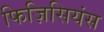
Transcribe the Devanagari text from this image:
फिज़िसियंस